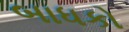
બાધકો